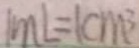
1 m L = 1 c m ^ { 3 }